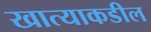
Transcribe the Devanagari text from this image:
खात्याकडील